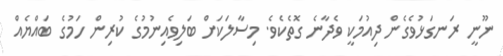
ނޫނީ ރަނގަޅުވެގެން ދިއުމަކީ ވެދާނެ ގޮތެކެވެ. މިސާލަކަށް ބަލިވެއިނުމުގެ ކުރިން ހަމުގެ ބައްޔެއް